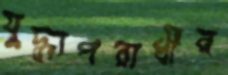
যুদ্ধাপরাধীর